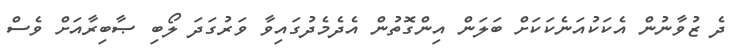
ދެ ޒުވާނުން އެކަކުއަނެކަކަށް ބަލަން އިންގޮތުން އެދެމެދުގައިވާ ވަރުގަދަ ލޯބި ޞާބިރާއަށް ވެސް